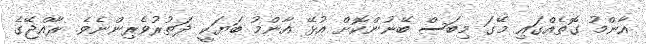
އާންމު ގޮތެއްގައި މޭގަ މިބަސް ބޭނުންކޮށް އުޅޭ އާންމު ބަޔަކީ ދަތުރުވެރިންނެވެ. ރާއްޖޭގެ